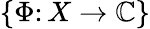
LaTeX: \{ \Phi\colon X\rightarrow\mathbb{C}\}